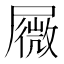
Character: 𰎆